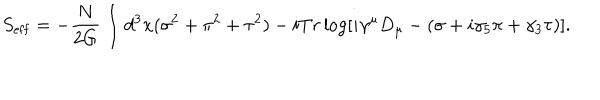
S _ { \mathrm { e f f } } = - \frac { N } { 2 G } \int d ^ { 3 } x ( \sigma ^ { 2 } + \pi ^ { 2 } + \tau ^ { 2 } ) - i T r \log [ i \gamma ^ { \mu } D _ { \mu } - ( \sigma + i \gamma _ { 5 } \pi + \gamma _ { 3 } \tau ) ] .